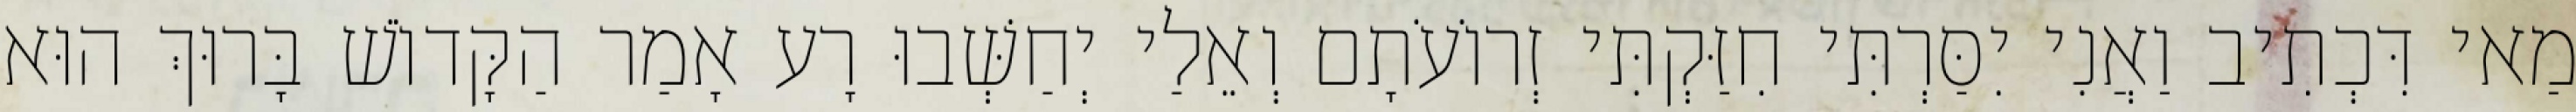
מַאי דִּכְתִיב וַאֲנִי יִסַּרְתִּי חִזַּקְתִּי זְרוֹעֹתָם וְאֵלַי יְחַשְּׁבוּ רָע אָמַר הַקָּדוֹשׁ בָּרוּךְ הוּא